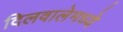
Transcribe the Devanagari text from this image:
दिलवालेमध्ये